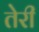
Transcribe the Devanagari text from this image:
तेेरी